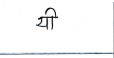
मजकूर: यी